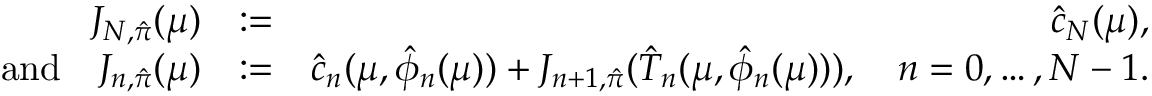
\begin{array} { r l r } { J _ { N , \hat { \pi } } ( \mu ) } & { : = } & { \hat { c } _ { N } ( \mu ) , } \\ { \mathrm { a n d } \quad J _ { n , \hat { \pi } } ( \mu ) } & { : = } & { \hat { c } _ { n } ( \mu , \hat { \phi } _ { n } ( \mu ) ) + J _ { n + 1 , \hat { \pi } } ( \hat { T } _ { n } ( \mu , \hat { \phi } _ { n } ( \mu ) ) ) , \quad n = 0 , \ldots , N - 1 . } \end{array}